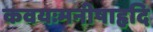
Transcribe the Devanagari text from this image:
कवयःमनीषाहृदि